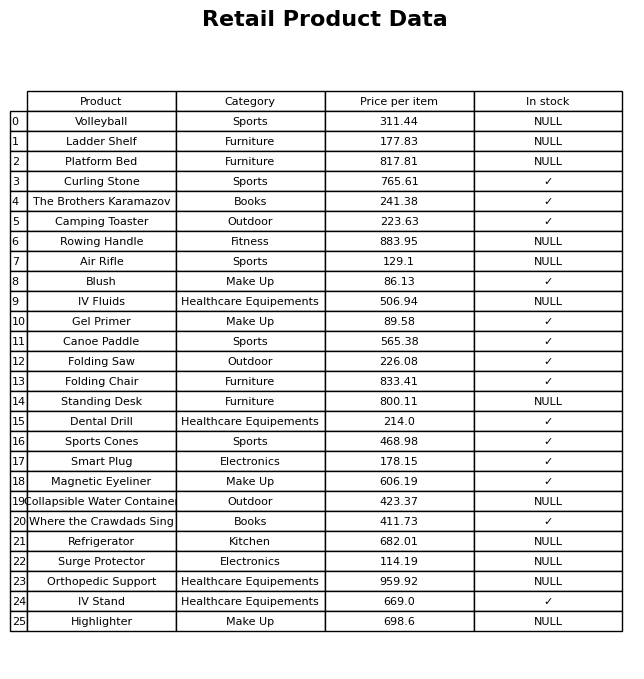
question: What is the price of the The Brothers Karamazov?
answer: The price of The Brothers Karamazov is 241.38.